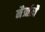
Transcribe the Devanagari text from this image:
नैर्ऋत्यै